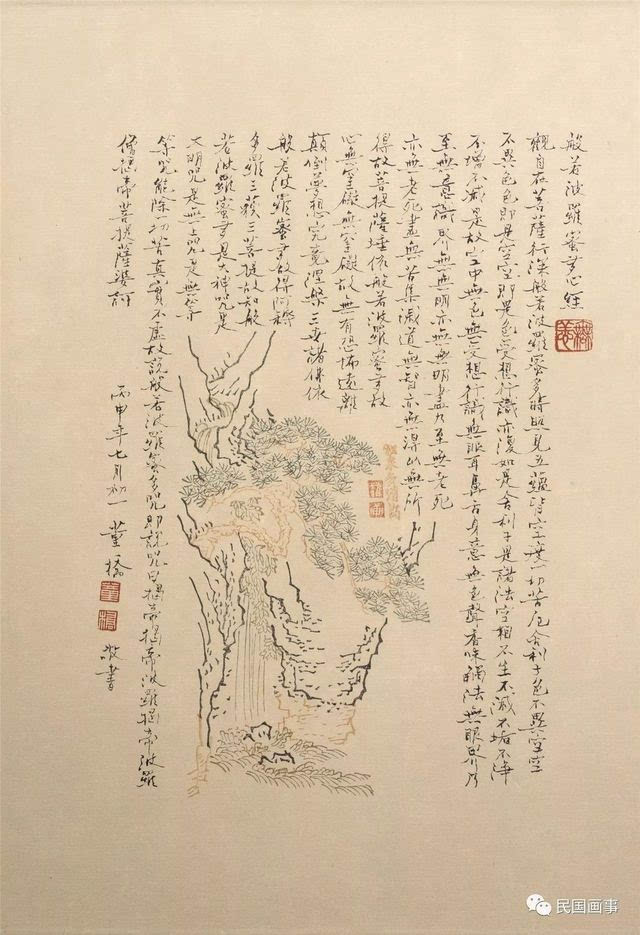
云中谁寄锦书来，雁字回时，月满西楼。